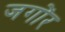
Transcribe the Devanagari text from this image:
जगोंर